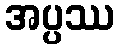
အပ္ပဿ